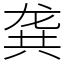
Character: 龚